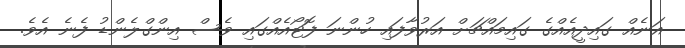
އަނެއް ގައިދީއެއްގެ ގައިމައްޗަށް އަރުވާފައި ހުންނަ ފޮޓޯއެއްގައި ވެސް އިންގްލެންޑު ފެނެ އެވެ.